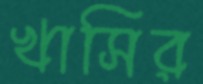
খাসির